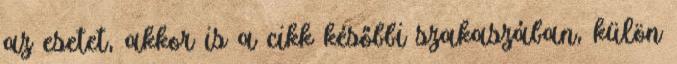
az esetet, akkor is a cikk későbbi szakaszában, külön